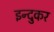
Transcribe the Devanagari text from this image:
इन्दुकर